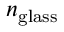
n _ { \mathrm { g l a s s } }